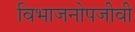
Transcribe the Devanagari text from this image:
विभाजनोपजीवी